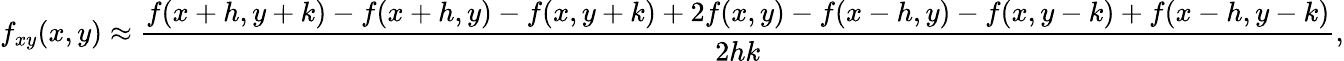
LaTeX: f_{xy}(x,y)\approx{\frac{f(x+h,y+k)-f(x+h,y)-f(x,y+k)+2f(x,y)-f(x-h,y)-f(x,y-k)+f(x-h,y-k)}{2hk}},